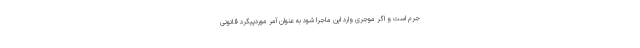
جرم است و اگر موجری وارد این ماجرا شود به عنوان آمر موردپیگرد قانونی